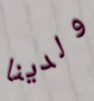
ولدينا